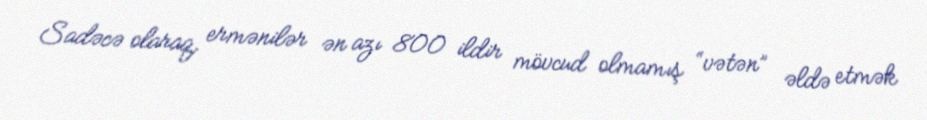
Sadəcə olaraq, ermənilər ən azı 800 ildir mövcud olmamış “vətən” əldə etmək